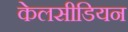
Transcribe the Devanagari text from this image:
केलसीडियन